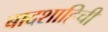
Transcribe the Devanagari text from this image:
बादशाहिची